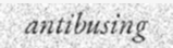
antibusing